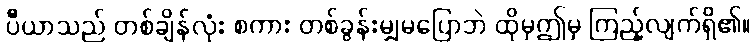
ပီယာသည် တစ်ချိန်လုံး စကား တစ်ခွန်းမျှမပြောဘဲ ထိုမှဤမှ ကြည့်လျက်ရှိ၏။